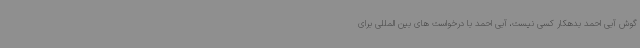
گوش آبی احمد بدهکار کسی نیست، آبی احمد با درخواست های بین المللی برای